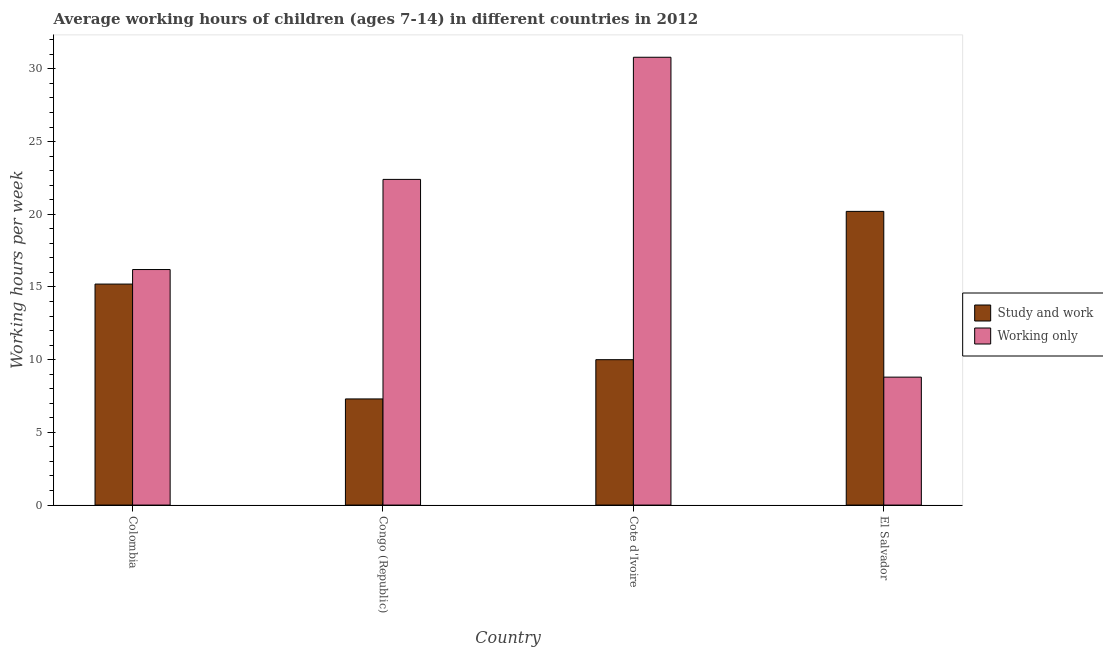
| Country | Study and work | Working only |
 | --- | --- | --- |
 | Colombia | 15.2 | 16.2 |
 | Congo (Republic) | 7.3 | 22.4 |
 | Cote d'Ivoire | 10 | 30.8 |
 | El Salvador | 20.2 | 8.8 |